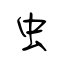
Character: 虫